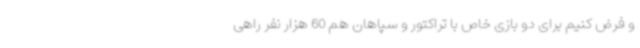
و فرض کنیم برای دو بازی خاص با تراکتور و سپاهان هم 60 هزار نفر راهی